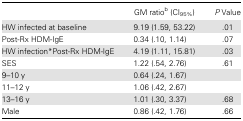
<table><thead><tr><td></td><td><b>GM ratio<sup>b</sup> (CI<sub>95%</sub>)</b></td><td><b><i>P</i> Value</b></td></tr></thead><tbody><tr><td>HW infected at baseline</td><td>9.19 (1.59, 53.22)</td><td>.01</td></tr><tr><td>Post-Rx HDM-IgE</td><td>0.34 (.10, 1.14)</td><td>.07</td></tr><tr><td>HW infection*Post-Rx HDM-IgE</td><td>4.19 (1.11, 15.81)</td><td>.03</td></tr><tr><td>SES</td><td>1.22 (.54, 2.76)</td><td>.61</td></tr><tr><td>9–10 y</td><td>0.64 (.24, 1.67)</td><td></td></tr><tr><td>11–12 y</td><td>1.06 (.42, 2.67)</td><td></td></tr><tr><td>13–16 y</td><td>1.01 (.30, 3.37)</td><td>.68</td></tr><tr><td>Male</td><td>0.86 (.42, 1.76)</td><td>.66</td></tr></tbody></table>